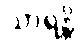
သာရန္တိ